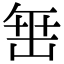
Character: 𮉰